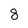
Character: 8